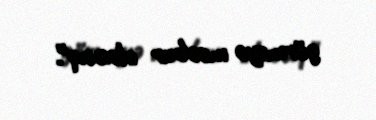
görməyə məcbur olacaq".